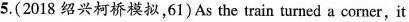
5. (2018 绍兴柯桥模拟,61)As the train turned a corner,it